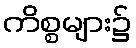
ကိစ္စများ၌